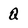
Character: Q